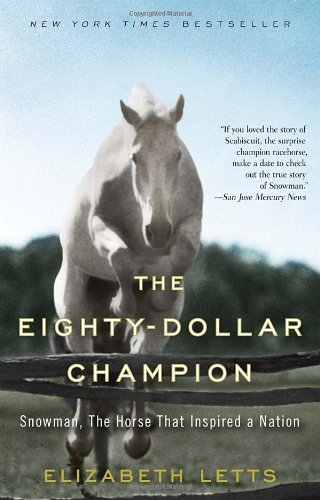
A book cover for The Eighty-Dollar Champion: Snowman, The Horse That Inspired a Nation; Elizabeth Letts; Crafts, Hobbies & Home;